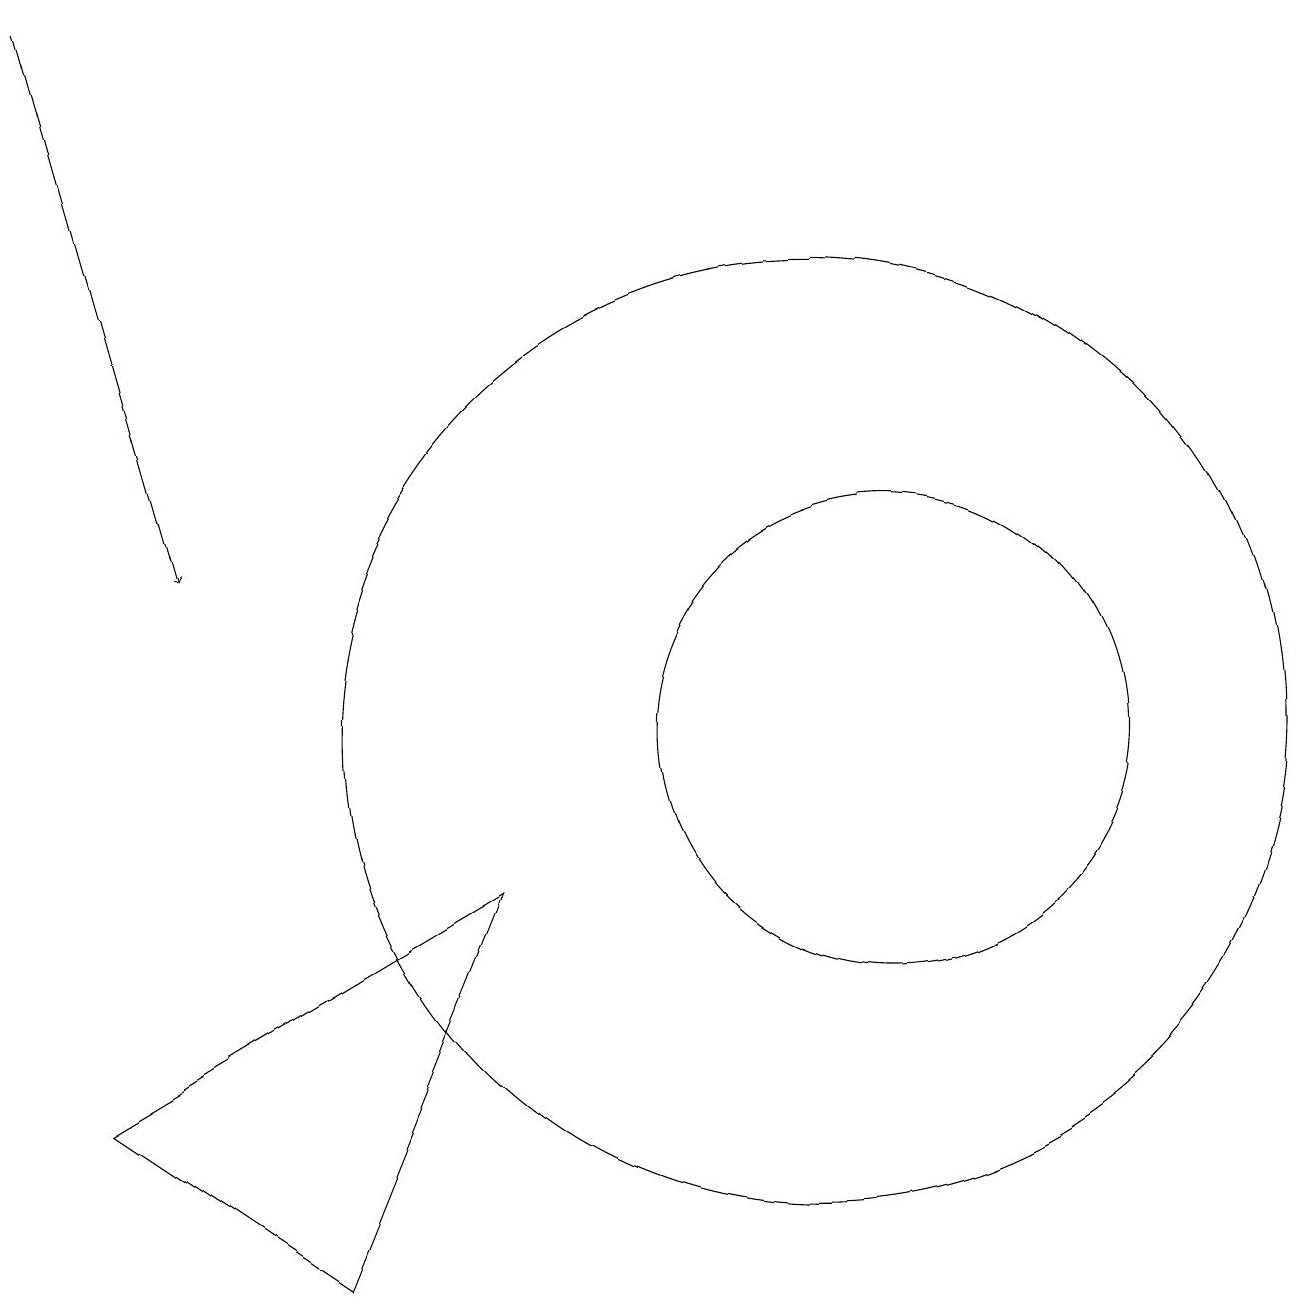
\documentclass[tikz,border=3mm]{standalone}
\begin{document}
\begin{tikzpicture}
\draw (11,11) circle (0);
\draw (12,10) circle (3);
\draw[->] (1,19) -- (3,12);
\draw (5,3) -- (7,8) -- (2,5) -- cycle;
\draw (11,10) circle (6);
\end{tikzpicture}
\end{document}